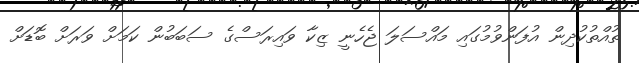
ތުއްތުކުދިން އުފަންވުމުގައި މައްސަލަ ޖެހެނީ ޒިކާ ވައިރަސްގެ ސަބަބުން ކަމަށް ވަރަށް ބޮޑަށް